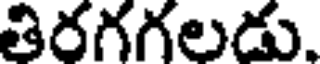
తిరగగలడు.